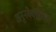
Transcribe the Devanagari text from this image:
अनुनक्वेडियम